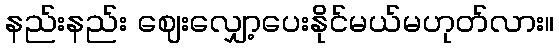
နည်းနည်း ဈေးလျှော့ပေးနိုင်မယ်မဟုတ်လား။